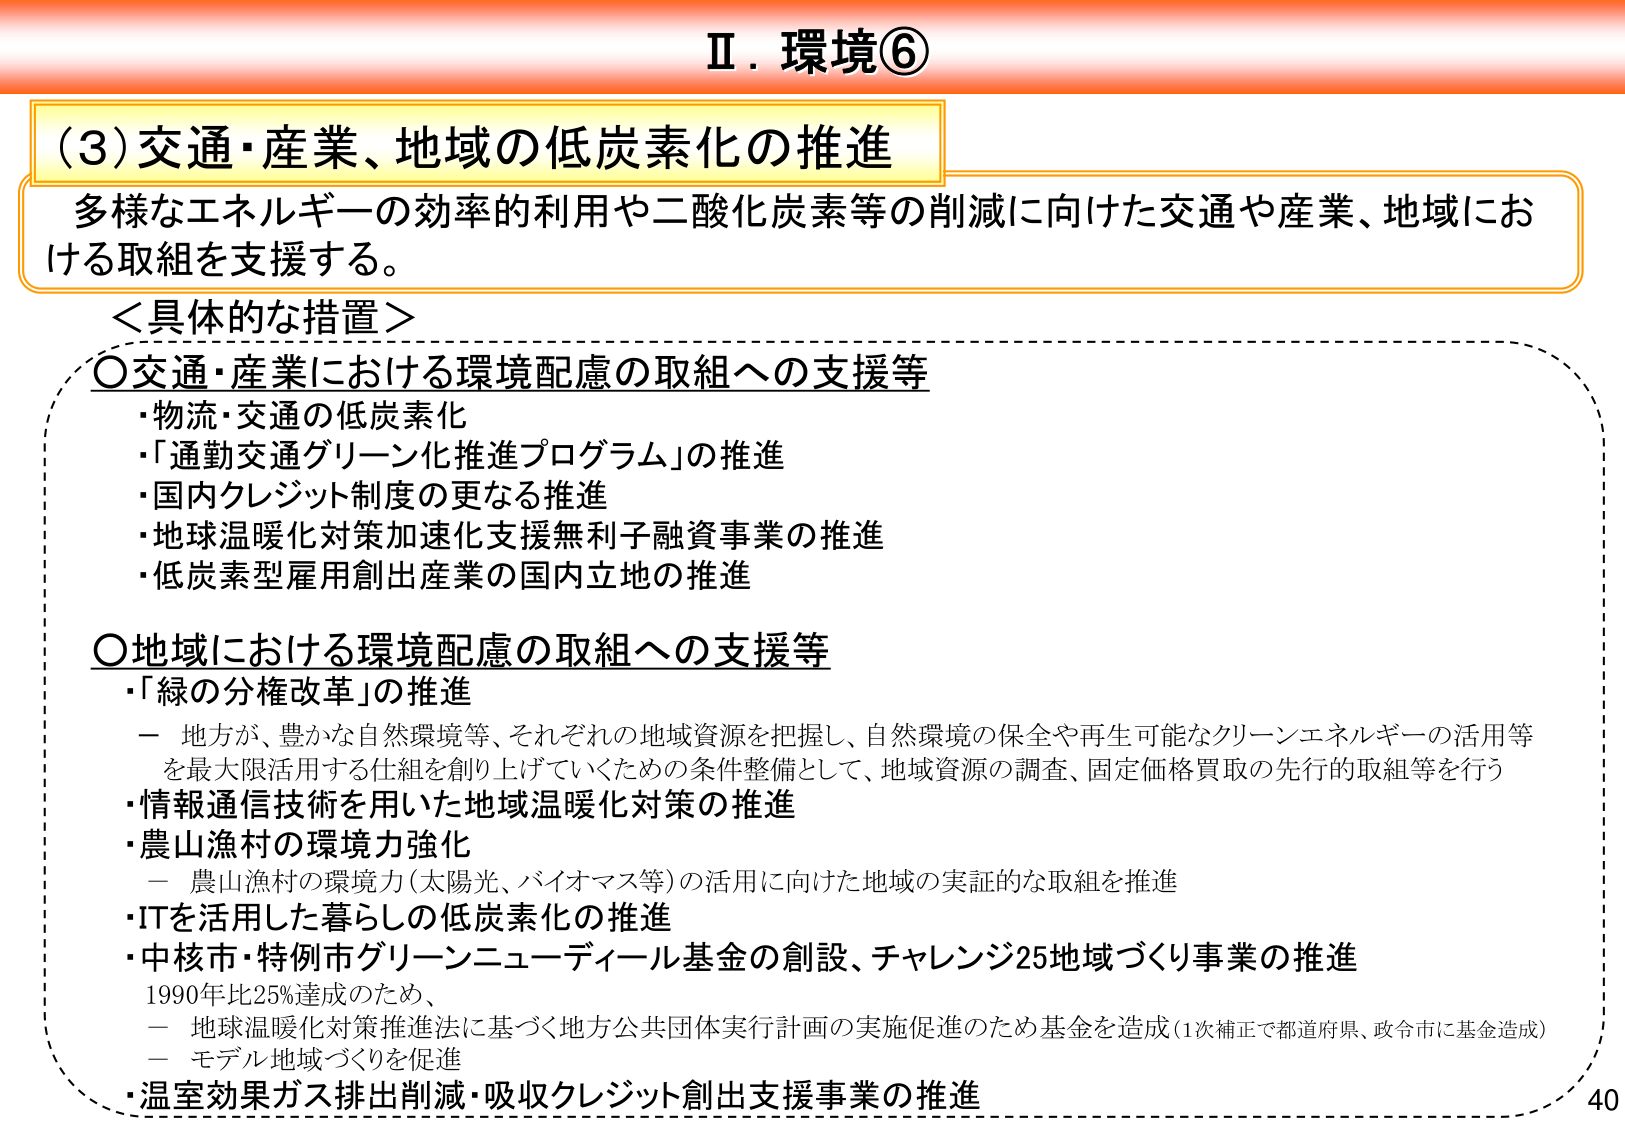
Ⅱ．環境⑥

（3）交通・産業、地域の低炭素化の推進
多様なエネルギーの効率的利用や二酸化炭素等の削減に向けた交通や産業、地域における取組を支援する。

＜具体的な措置＞
〇交通・産業における環境配慮の取組への支援等
・物流・交通の低炭素化
・「通勤交通グリーン化推進プログラム」の推進
・国内クレジット制度の更なる推進
・地球温暖化対策加速化支援無利子融資事業の推進
・低炭素型雇用創出産業の国内立地の推進

〇地域における環境配慮の取組への支援等
・「緑の分権改革」の推進
　－ 地方が、豊かな自然環境等、それぞれの地域資源を把握し、自然環境の保全や再生可能なクリーンエネルギーの活用等を最大限活用する仕組を創り上げていくための条件整備として、地域資源の調査、固定価格買取の先行的取組等を行う
・情報通信技術を用いた地域温暖化対策の推進
・農山漁村の環境力強化
　－ 農山漁村の環境力（太陽光、バイオマス等）の活用に向けた地域の実証的な取組を推進
・ITを活用した暮らしの低炭素化の推進
・中核市・特例市グリーンニューディール基金の創設、チャレンジ25地域づくり事業の推進
　1990年比25%達成のため、
　－ 地球温暖化対策推進法に基づく地方公共団体実行計画の実施促進のため基金を造成（1次補正で都道府県、政令市に基金造成）
　－ モデル地域づくりを促進
・温室効果ガス排出削減・吸収クレジット創出支援事業の推進

40